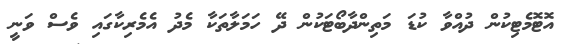
އޮޓޮމެޓިކުން ދުއްވާ ކުޑަ މަތިންދާބޯޓަކުން ދޭ ހަމަލާތަކާ މެދު އެމެރިކާގައި ވެސް ވަނީ